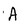
Character: A